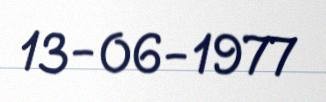
13-06-1977